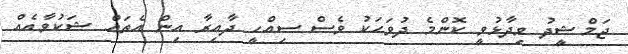
ޖަމްޝީދު ވިދާޅުވީ ކޮންމެ ދުވަހަކު ވެސް ސިއްހީ ދާއިރާ އިން އެތައް ޝަކުވާއެއް